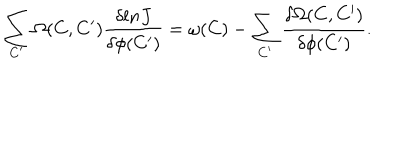
\sum _ { C ^ { \prime } } \Omega ( C , C ^ { \prime } ) { \frac { \delta l n J } { \delta \phi ( C ^ { \prime } ) } } = \omega ( C ) - \sum _ { C ^ { \prime } } { \frac { \delta \Omega ( C , C ^ { \prime } ) } { \delta \phi ( C ^ { \prime } ) } } .